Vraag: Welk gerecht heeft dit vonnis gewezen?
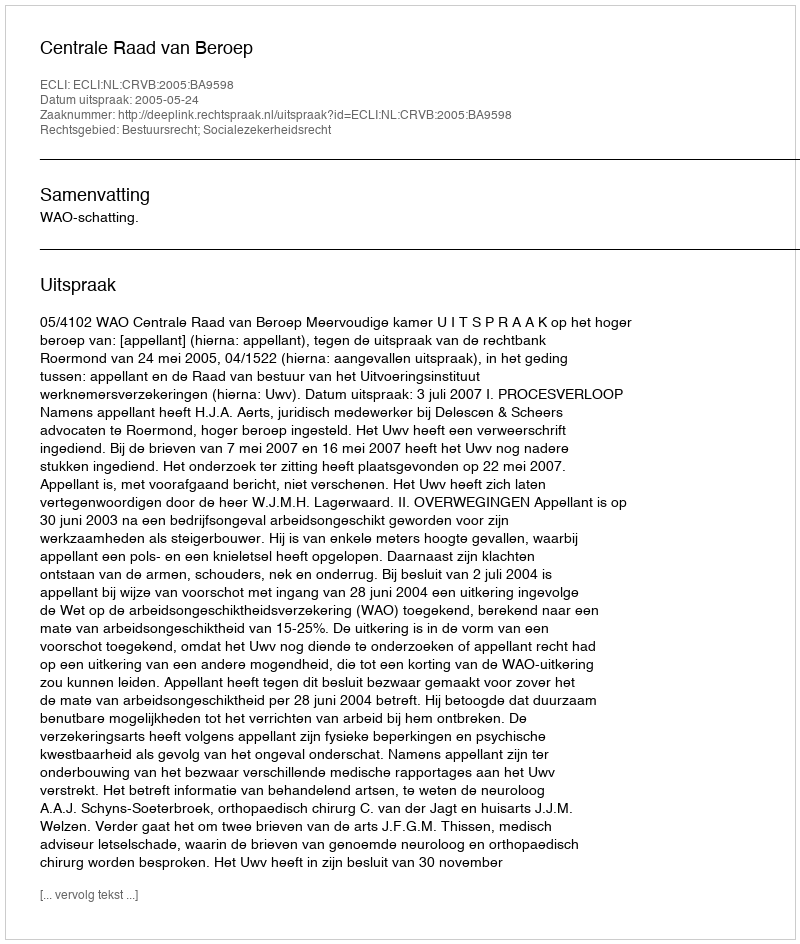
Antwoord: Centrale Raad van Beroep